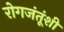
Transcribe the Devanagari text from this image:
रोगजंतूंशी